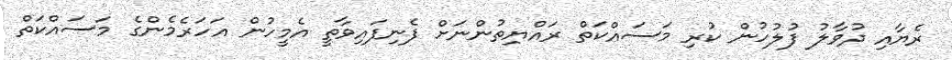
ރެޔާއި ދުވާލު ފުލުހުން ކުރި މަސައްކަތް ރައްޔިތުންނަށް ފެނިފައިވާތީ އެމީހުން އަހަރެމެންގެ މަސައްކަތް